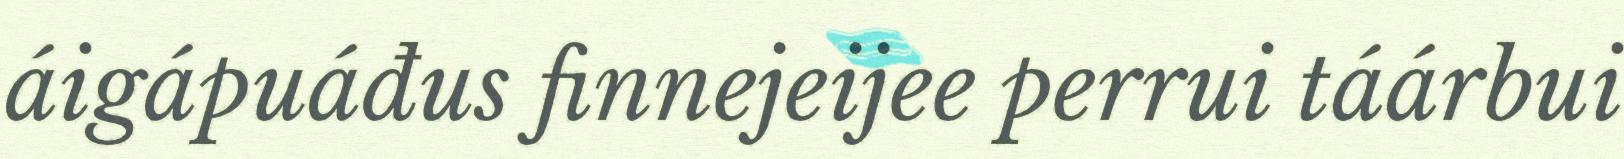
áigápuáđus finnejeijee perrui táárbui